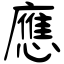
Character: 應